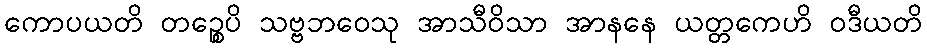
ကောပယတိ တဉ္စေပိ သဗ္ဗဘဝေသု အာသီဝိသာ အာနနေ ယတ္တကေဟိ ဝဒီယတိ